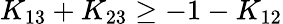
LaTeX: K_{13}+K_{23}\ge-1-K_{12}